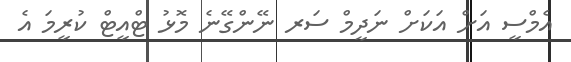
އެމްސީ އަށް އަކަށް ނަދީމް ސަރ ނޭންގޭނެ މޮޅު ޓްއީޓް ކުރީމަ އެ